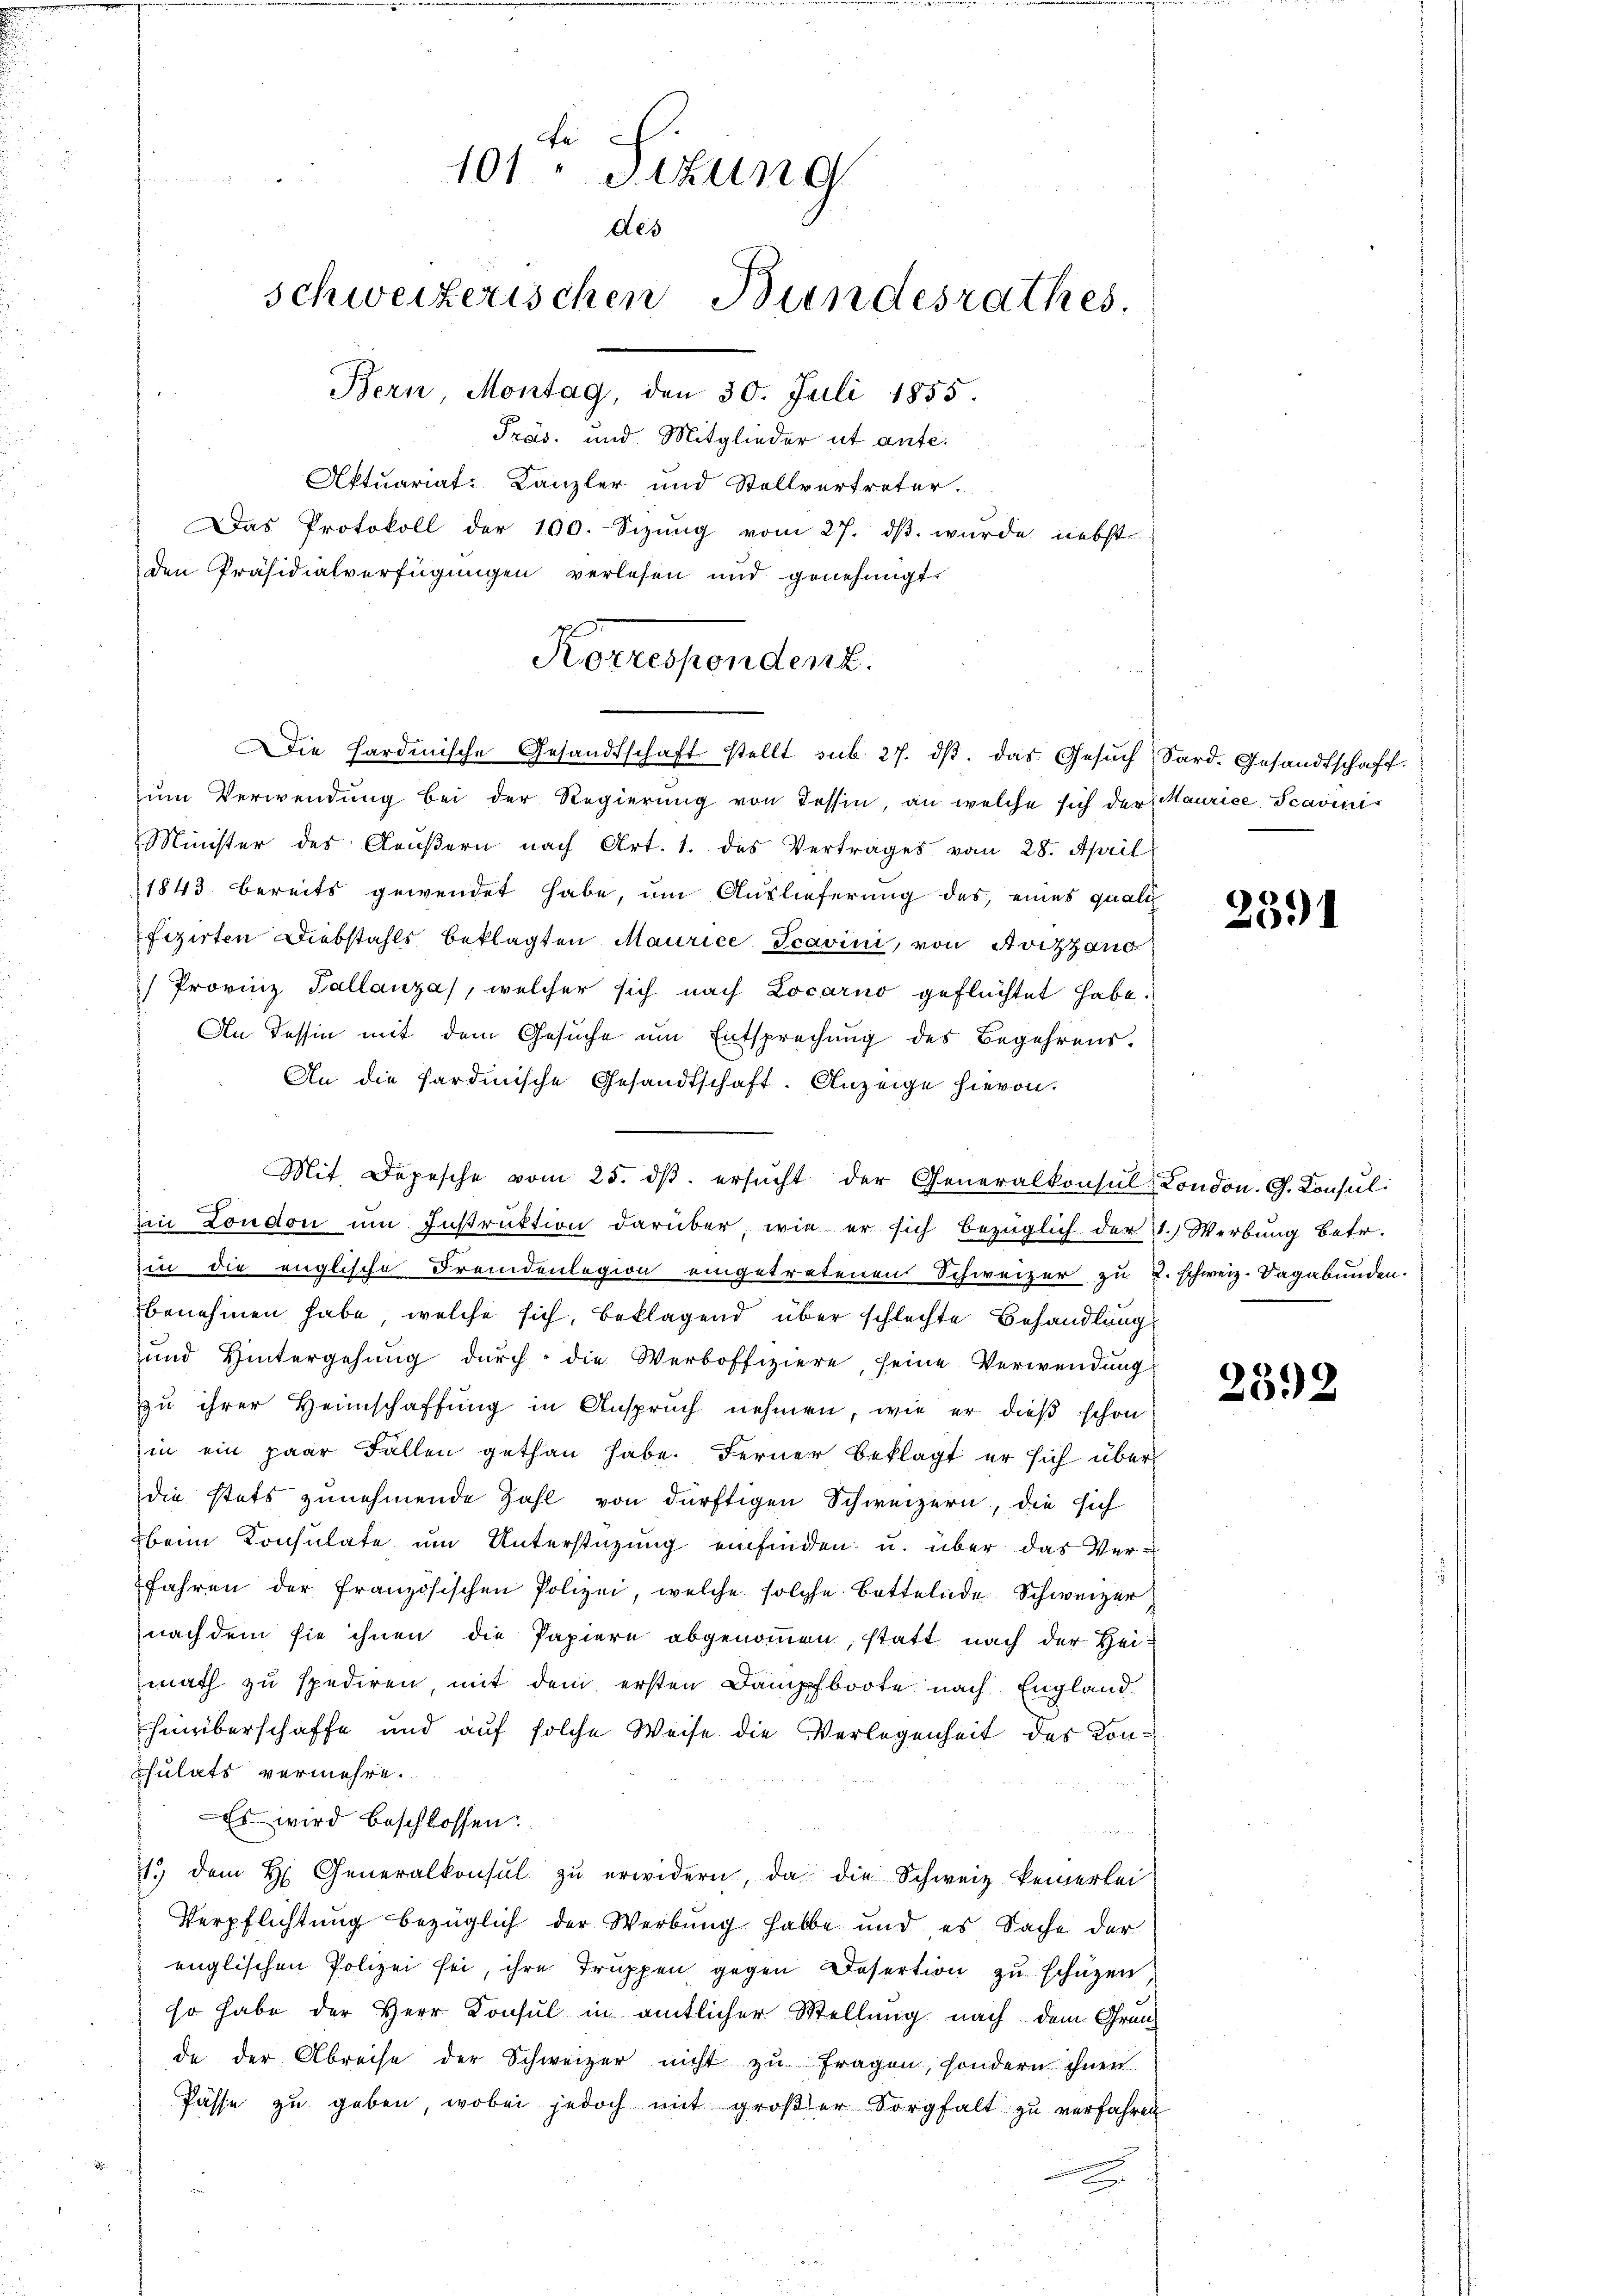
a
101 Sizung

des
schweizerischen Bundesrathes.
Bern Montag, den 30. Juli 1855.

Präs. und Mitglieder ut ante.
Aftuariat-Kanzler und Stellvertreter.
Das Protokoll der 100. Sizŭng vom 27. dβ. wurde nebst
den Präsidialverfügungen verlesen und genehmigt.
Korrespondenz.

Die Hardmische Gesandtschaft stellt sub. 27. dβ. das Gesŭch, Sard. Gesandtschaft.

zŭm Verwendung bei der Regierung von Tessin, an welche sich der Maurice Scavini
Minister des Geŭβern nach Art. 1. des Vertrages vom 28. April
1843 bereits gewendet habe, um Auslieferung des, eines qualifizirten Diebstahls beklagten Maurice Scavini, von Avizzang
Provinz Tallanza, welcher sich nach Locarno geflüchtet habe.
An Tessin mit dem Gesuche um Entsprechung des Begehrens¬
An die Sardinische Gesandtschaft. Anzeige hievon
Mit. Depesche vom 25. dβ. ersŭcht der Generalkonsul London. G. Konsul
in London um Instruktion darüber, wie er sich bezüglich der 4.) Werbung betr.
in die englische Fremdenlegion eingetretenen Schweizer zŭ u. schweiz. Sagabunden.
benehmen habe, welche sich, beklagend über schlechte Behandlung
und Hintergehung durch die Werboffiziere, seine Verwendung
zu ihrer Heimschaffung in Anspruch nehmen, wie er dieß schon
in ein paar Fällen gethan habe. Ferner Beklagt er sich über
die stets zunehmende Zahl von dürftigen Schweizern, die sich
beim Konsulate um Unterstüzung einfinden u. über das Verfahren der französischen Polizei, welche solche Bettelnde Schweizer
nach dem sie ihnen die Papiere abgenommen, statt nach der Heimath zu spediren, mit dem ersten Dampfboote nach England
hinüberschaffe und auf solche Weise die Verlegenheit des Kon¬
Chulats vermehre.
Es wird beschlossen:
7. dem H. Generalkonsul zŭ erwidern, da die Schweiz keinerlei
Verpflichtung bezüglich der Werbung halbe und es Sache der
englischen Polizei sei, ihre Truppen gegen Desertion zu schützen
so habe der Herr Konsul in amtlicher Stellung nach dem Grun
de der Abreise der Schweizer nicht zu fragen, sondern ihnen.
Pässe zŭ geben, wobei jedoch mit groβer Sorgfalt zŭ verfahren
u

.
391

2392